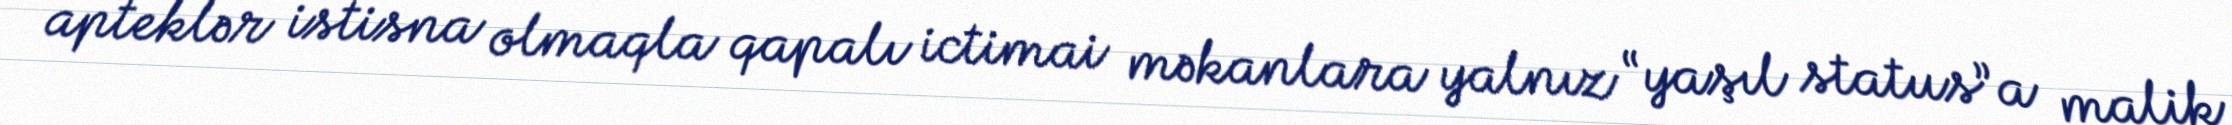
apteklər istisna olmaqla qapalı ictimai məkanlara yalnız “yaşıl status”a malik